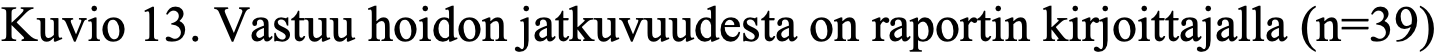
Kuvio 13. Vastuu hoidon jatkuvuudesta on raportin kirjoittajalla (n=39)